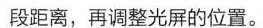
段距离，再调整光屏的位置。